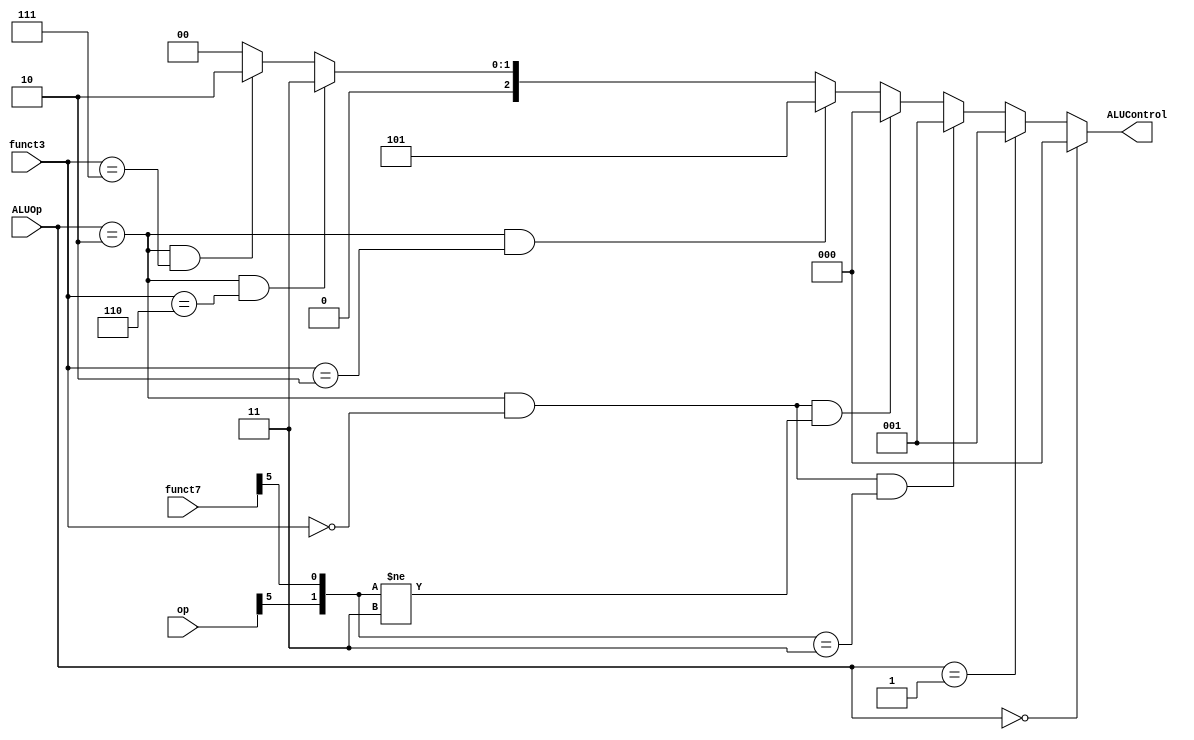
module ALU_DECODER(
    input [1:0]ALUOp,
    input [2:0]funct3,
    input [6:0]funct7,op,
    output [2:0]ALUControl
);
    assign ALUControl = (ALUOp == 2'b00) ? 3'b000 :
                        (ALUOp == 2'b01) ? 3'b001 :
                        ((ALUOp == 2'b10) & (funct3 == 3'b000) & ({op[5],funct7[5]} == 2'b11)) ? 3'b001 : 
                        ((ALUOp == 2'b10) & (funct3 == 3'b000) & ({op[5],funct7[5]} != 2'b11)) ? 3'b000 : 
                        ((ALUOp == 2'b10) & (funct3 == 3'b010)) ? 3'b101 : 
                        ((ALUOp == 2'b10) & (funct3 == 3'b110)) ? 3'b011 : 
                        ((ALUOp == 2'b10) & (funct3 == 3'b111)) ? 3'b010 : 
                                                                  3'b000 ;

endmodule